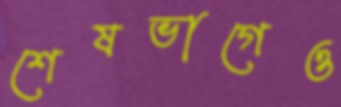
শেষভাগেও